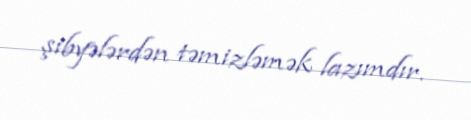
şibyələrdən təmizləmək lazımdır.